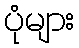
ပုံများ